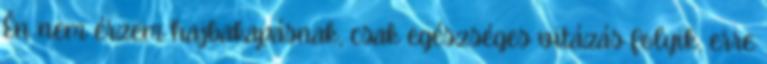
Én nem érzem hajbakapásnak, csak egészséges vitázás folyik, erre